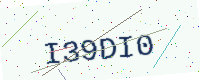
Text: I39DI0